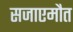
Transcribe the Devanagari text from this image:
सजाएमौत